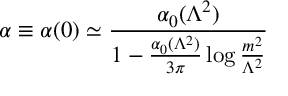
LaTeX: \alpha \equiv \alpha ( 0 ) \simeq { \frac { \alpha _ { 0 } ( \Lambda ^ { 2 } ) } { 1 - { \frac { \alpha _ { 0 } ( \Lambda ^ { 2 } ) } { 3 \pi } } \log { \frac { m ^ { 2 } } { \Lambda ^ { 2 } } } } }